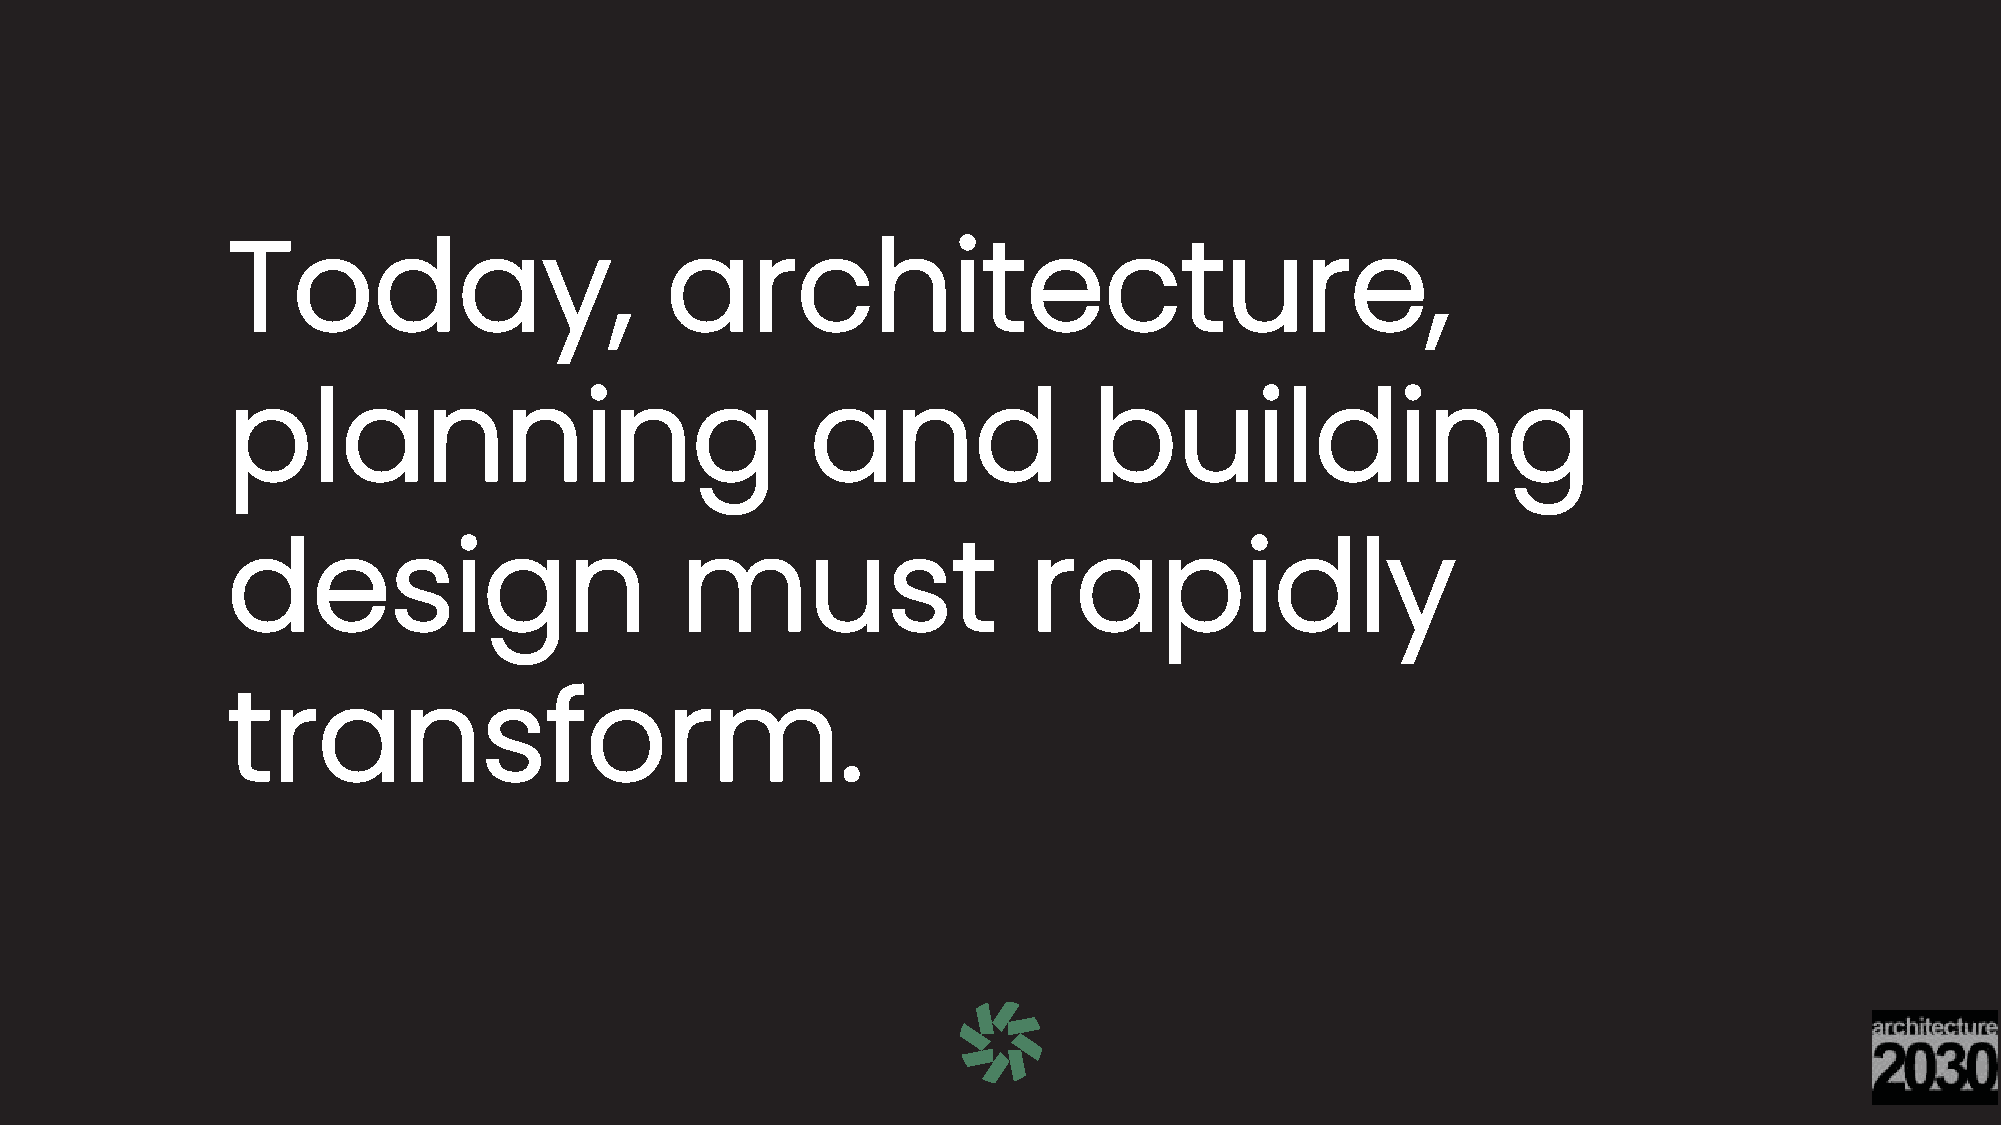
Today,                       architecture,
 planning                               and               building
 design                        must                   rapidly
 transform.
 17